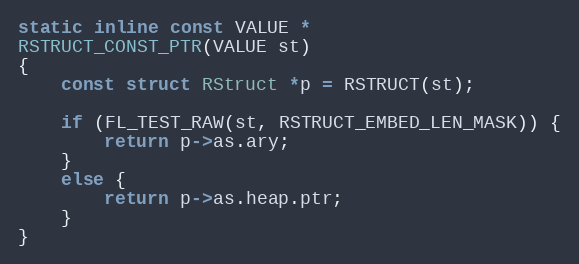
Language: C
static inline const VALUE *
RSTRUCT_CONST_PTR(VALUE st)
{
    const struct RStruct *p = RSTRUCT(st);

    if (FL_TEST_RAW(st, RSTRUCT_EMBED_LEN_MASK)) {
        return p->as.ary;
    }
    else {
        return p->as.heap.ptr;
    }
}